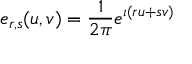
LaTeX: e _ { r , s } ( u , v ) = \frac 1 { 2 \pi } e ^ { \imath ( r u + s v ) }